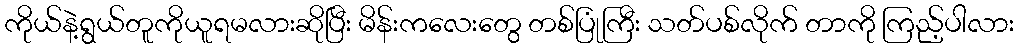
ကိုယ်နဲ့ရွယ်တူကိုယူရမလားဆိုပြီး မိန်းကလေးတွေ တစ်ပြုံကြီး သတ်ပစ်လိုက် တာကို ကြည့်ပါလား